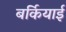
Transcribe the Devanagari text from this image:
बर्कियाई